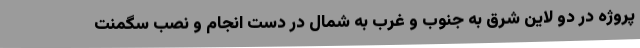
پروژه در دو لاین شرق به جنوب و غرب به شمال در دست انجام و نصب سگمنت